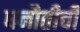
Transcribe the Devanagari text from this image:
धनौतीची